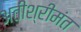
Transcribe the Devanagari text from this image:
अतीश्रीमंत